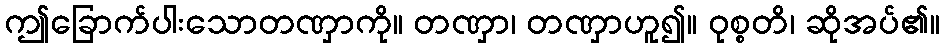
ဤခြောက်ပါးသောတဏှာကို။ တဏှာ၊ တဏှာဟူ၍။ ဝုစ္စတိ၊ ဆိုအပ်၏။